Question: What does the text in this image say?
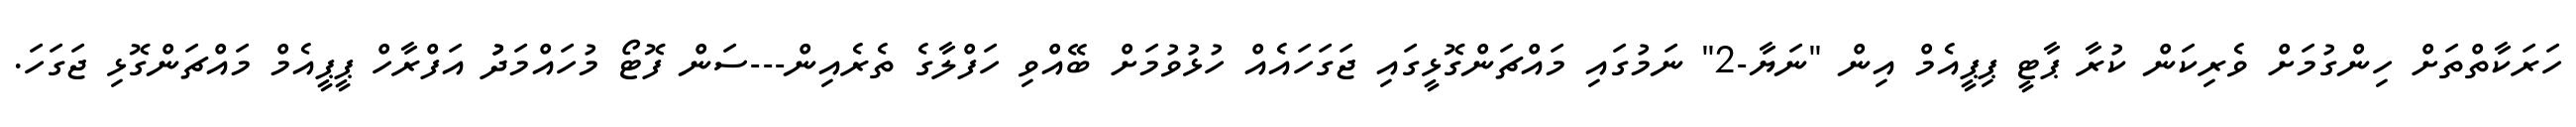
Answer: ހަރަކާތްތަށް ހިންގުމަށް ވެރިކަން ކުރާ ޕާޓީ ޕިޕީއެމް އިން "ނަޔާ-2" ނަމުގައި މައްޗަންގޮޅީގައި ޖަގަހައެއް ހުޅުވުމަށް ބޭއްވި ހަފްލާގެ ތެރެއިން---ސަން ފޮޓޯ މުހައްމަދުު އަފްރާހް ޕީޕީއެމް މައްޗަންގޮޅި ޖަގަހަ.